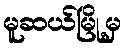
မူဆယ်မြို့မှ